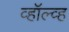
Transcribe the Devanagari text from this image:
व्हॉल्व्ह